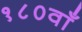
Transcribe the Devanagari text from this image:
१८०वाँ